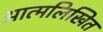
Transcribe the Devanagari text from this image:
आत्मलिखित